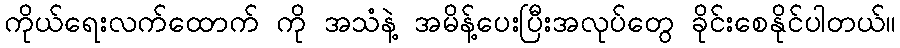
ကိုယ်ရေးလက်ထောက် ကို အသံနဲ့ အမိန့်ပေးပြီးအလုပ်တွေ ခိုင်းစေနိုင်ပါတယ်။